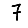
Digit: 7